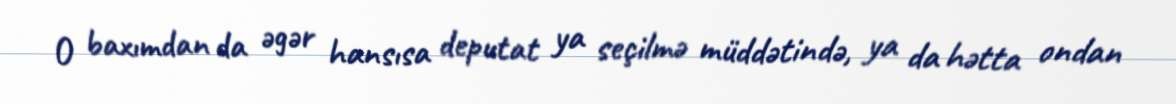
O baxımdan da əgər hansısa deputat ya seçilmə müddətində, ya da hətta ondan